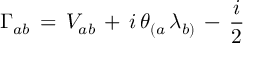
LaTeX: \Gamma _ { a b } \, = \, V _ { a b } \, + \, i \, \theta _ { ( a } \, \lambda _ { b ) } \, - \, \frac { i } { 2 }